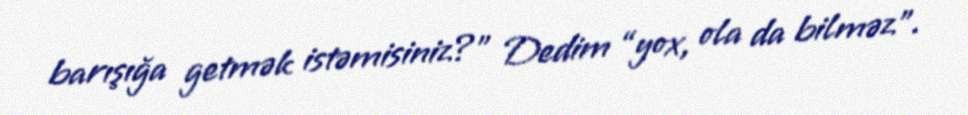
barışığa getmək istəmisiniz?” Dedim “yox, ola da bilməz”.